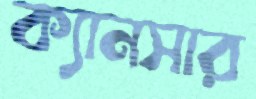
ক্যানসার